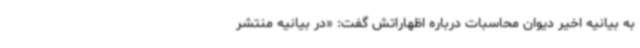
به بیانیه اخیر دیوان محاسبات درباره اظهاراتش گفت: «در بیانیه منتشر